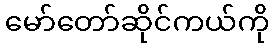
မော်တော်ဆိုင်ကယ်ကို